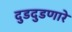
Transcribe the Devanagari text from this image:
दुडदुडणारे